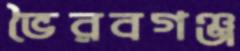
ভৈরবগঞ্জ